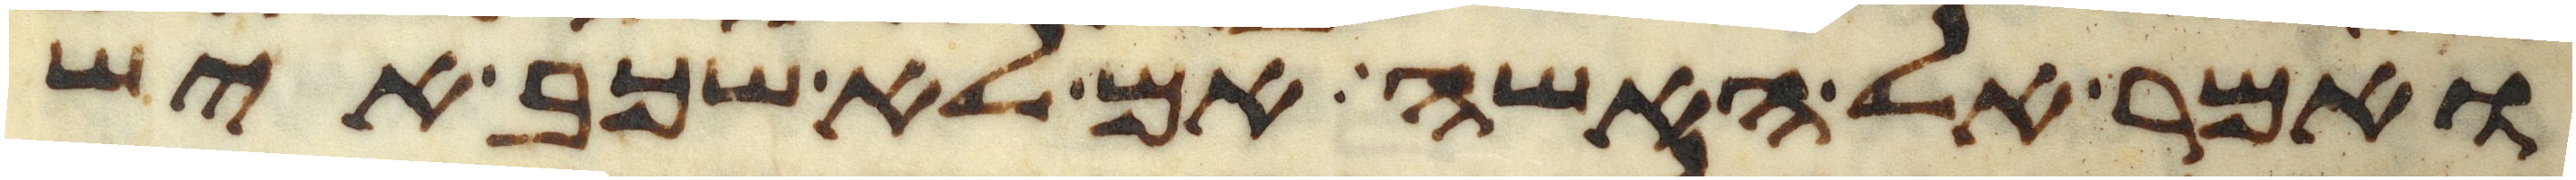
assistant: ואמר אל האשה אם לא שכב איש